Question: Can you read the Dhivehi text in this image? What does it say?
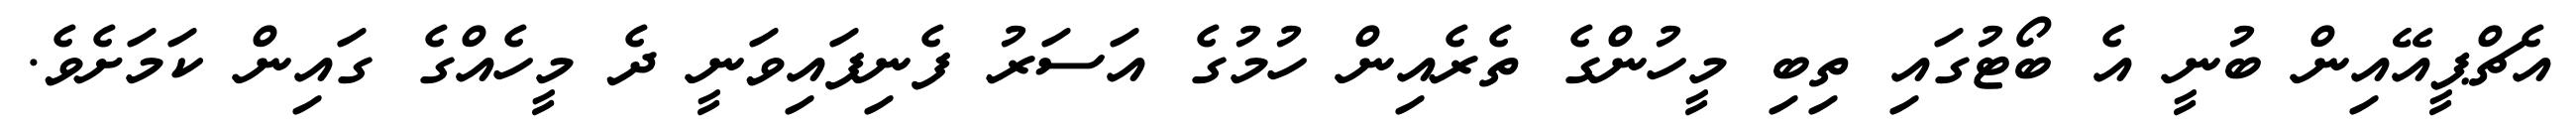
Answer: އެޗްޕީއޭއިން ބުނީ އެ ބޯޓުގައި ތިބި މީހުންގެ ތެރެއިން ހުމުގެ އަސަރު ފެނިފައިވަނީ ދެ މީހެއްގެ ގައިން ކަމަށެވެ.